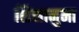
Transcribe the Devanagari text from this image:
शिशानुमा